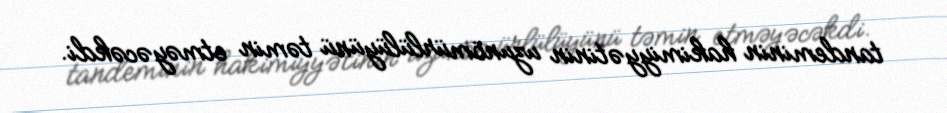
tandeminin hakimiyyətinin uzunömürlülüyünü təmin etməyəcəkdi.